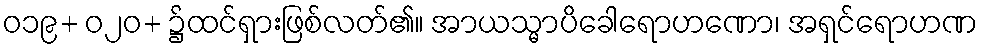
ဝ၁၉+ ဝ၂၀+ ၌ထင်ရှားဖြစ်လတ်၏။ အာယသ္မာပိခေါရောဟဏော၊ အရှင်ရောဟဏ